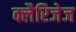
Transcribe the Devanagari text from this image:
क्लैरिजेज